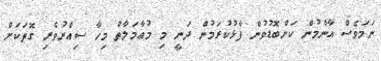
ނަމަވެސް އާންމުން ކަންބޮޑުވުން ފާޅުކުރަމުން ދަނީ މި މުޢާމަލާތް މިހާ ސިއްރުވެރި ގޮތަކަށް